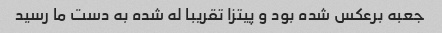
جعبه برعکس شده بود و پیتزا تقریبا له شده به دست ما رسید